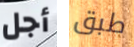
أجل طبق